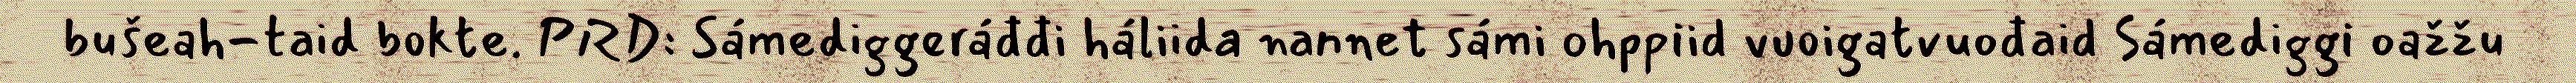
bušeah-taid bokte. PRD: Sámediggeráđđi háliida nannet sámi ohppiid vuoigatvuođaid Sámediggi oažžu